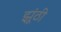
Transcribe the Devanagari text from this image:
झूंठी